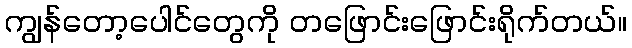
ကျွန်တော့ပေါင်တွေကို တဖြောင်းဖြောင်းရိုက်တယ်။